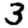
Digit: 3